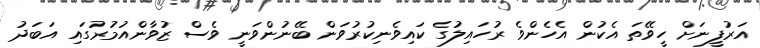
އަރުފީނަށް ހީވޭތަ އެކުން އެހެންވެ ރުހައިލުގެ ކައިވެނިކުރުވަން ބޭނުންވަނީ ވެސް ޒުވާންއުމުރުގައި އަބަދު